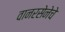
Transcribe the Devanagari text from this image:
वानरसेनेचे